Leaving Certificate Examination (including Day School Certificate (Higher) General paper), 1929
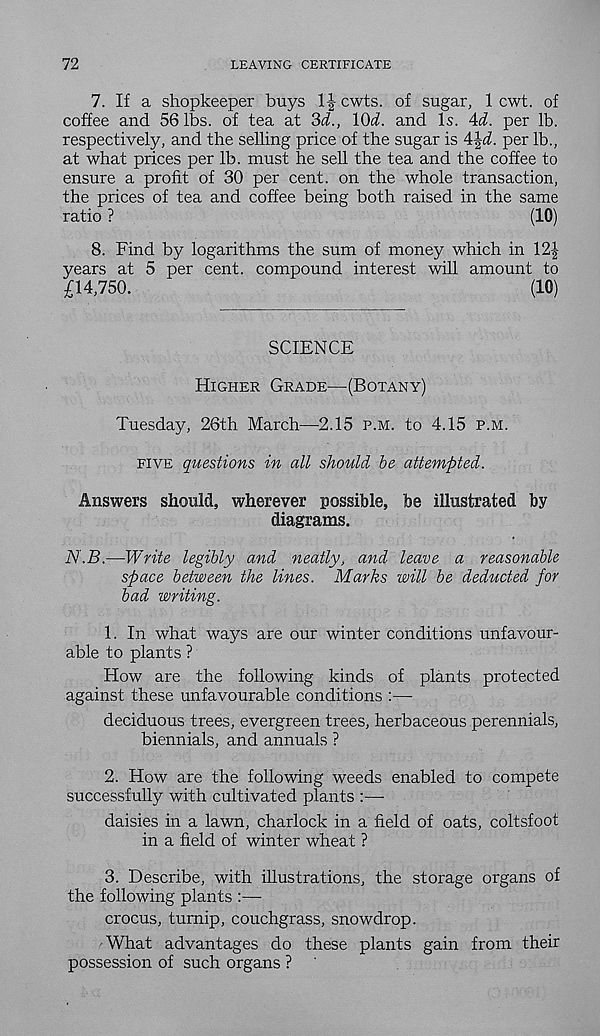
72
LEAVING CERTIFICATE
7. If a shopkeeper buys 1| cwts. of sugar, 1 cwt. of
coffee and 56 lbs. of tea at 3d, lOd and Is. 4d per lb.
respectively, and the selling price of the sugar is \\d. per lb.,
at what prices per lb. must he sell the tea and the coffee to
ensure a profit of 30 per cent, on the whole transaction,
the prices of tea and coffee being both raised in the same
ratio ?
(10)
8. Find by logarithms the sum of money which in 12|
years at 5 per cent, compound interest will amount to
£14,750.
(10)
SCIENCE
Higher Grade—(Botany)
Tuesday, 26th March—2.15 p.m. to 4.15 p.m.
five questions in all should be attempted.
Answers should, wherever possible, be illustrated by
diagrams.
N.B.—Write legibly and neatly, and leave a reasonable
space between the lines. Marks will be deducted for
bad writing.
1. In what ways are our winter conditions unfavour-
able to plants ?
How are the following kinds of plants protected
against these unfavourable conditions :—•
deciduous trees, evergreen trees, herbaceous perennials,
biennials, and annuals ?
2. How are the following weeds enabled to compete
successfully with cultivated plants :—
daisies in a lawn, charlock in a field of oats, coltsfoot
in a field of winter wheat ?
3. Describe, with illustrations, the storage organs of
the following plants :—
crocus, turnip, couchgrass, snowdrop.
What advantages do these plants gain from their
possession of such organs ?